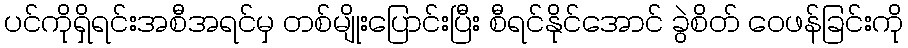
ပင်ကိုရှိရင်းအစီအရင်မှ တစ်မျိုးပြောင်းပြီး စီရင်နိုင်အောင် ခွဲစိတ် ဝေဖန်ခြင်းကို